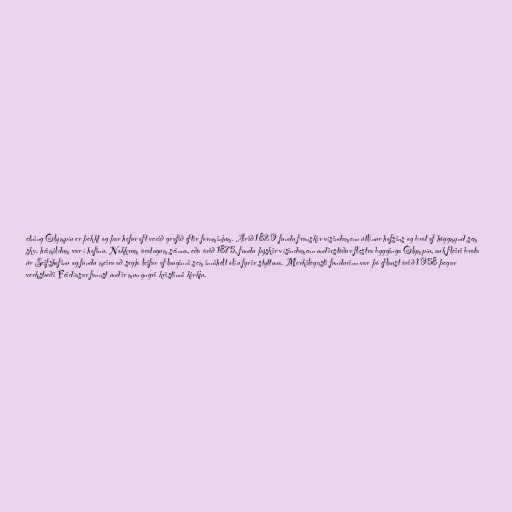
etning Ólympíu er þekkt og þar hefur oft verið grafið eftir fornminjum. Árið 1829 fundu franskir vísindamenn útlínur hofsins og brot af höggmynd sem
skv. heimildum var í hofinu. Nokkrum áratugum seinna, eða árið 1875, fundu þýskir vísindamenn undirstöður flestra bygginga Ólympíu, auk fleiri brota
úr Seifshofinu og fundu meira að segja leifar af lauginni sem innihélt olíu fyrir styttuna. Merkilegasti fundurinn var þó eflaust árið 1958 þegar
verkstæði Feidíasar fannst undir mun yngri kristinni kirkju.